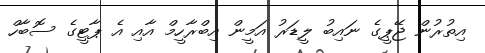
އިތުރުން ޖޭޕީގެ ނައިބު ލީޑަރު އަމީން އިބްރާހީމް އާއި އެ ޕާޓީގެ ސޮބާހް